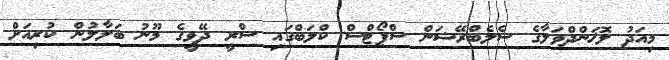
މިއަދު ލޮޚަންދްވަލާގެ ސެލެބްރޭޝަން ސްޕޯޓްސް ކްލަބްގައި ސްރީ ދޭވީގެ މޫނު ބަލާލުން ކުރިއަށް